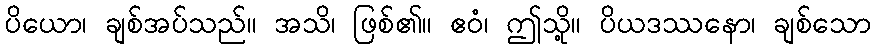
ပိယော၊ ချစ်အပ်သည်။ အသိ၊ ဖြစ်၏။ ဧဝံ၊ ဤသို့။ ပိယဒဿနော၊ ချစ်သော